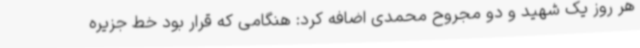
هر روز یک شهید و دو مجروح محمدی اضافه کرد: هنگامی که قرار بود خط جزیره